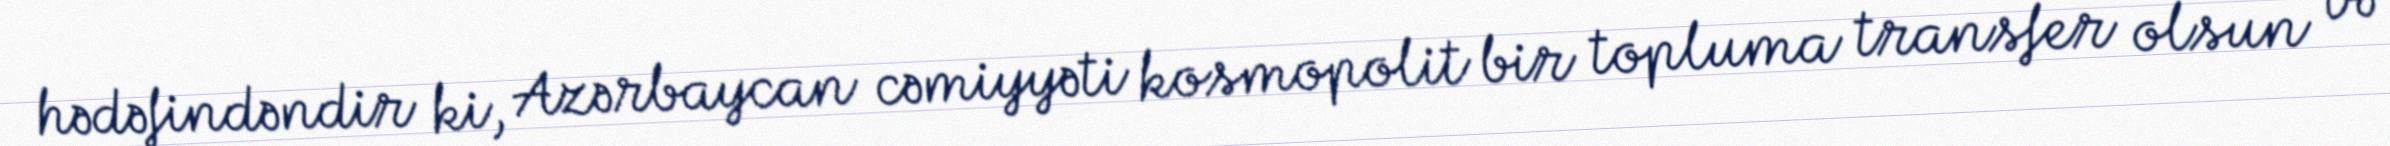
hədəfindəndir ki, Azərbaycan cəmiyyəti kosmopolit bir topluma transfer olsun və